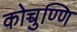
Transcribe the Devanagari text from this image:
कोच्चुण्णि